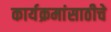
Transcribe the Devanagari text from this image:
कार्यक्रमांसाठीचे